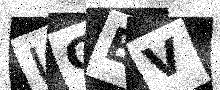
Text: IOEV